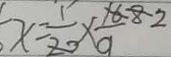
x = \frac { 1 } { 2 0 } \times \frac { 1 6 } { 9 }